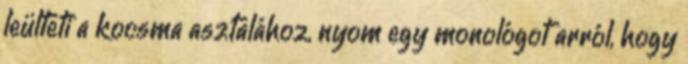
leülteti a kocsma asztalához, nyom egy monológot arról, hogy